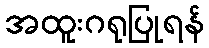
အထူးဂရုပြုရန်